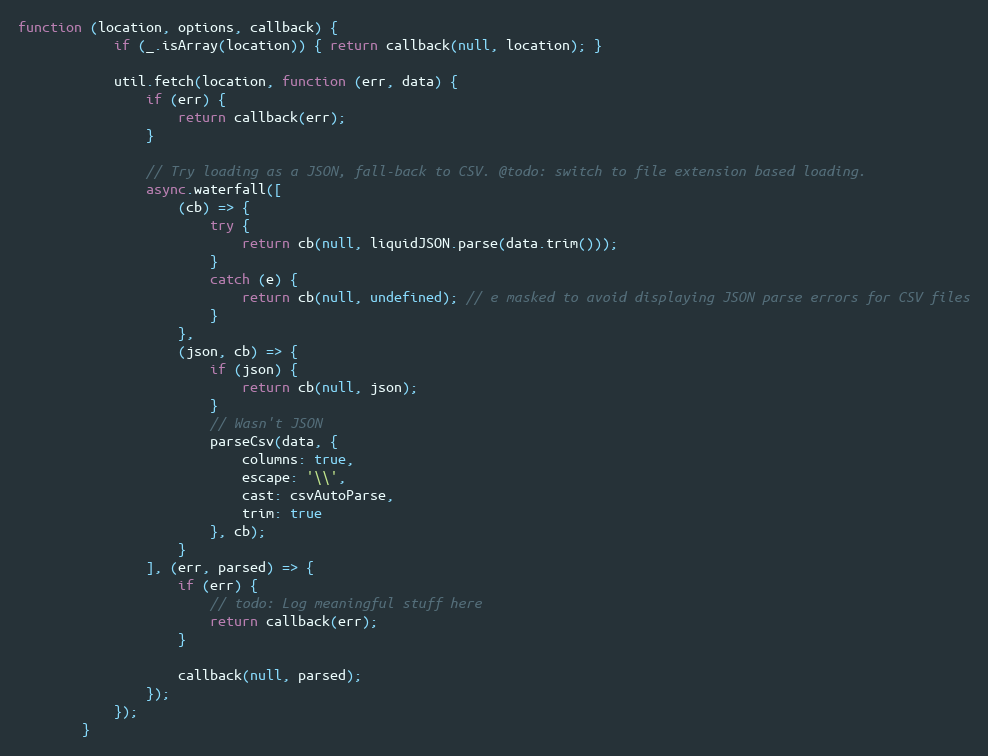
Language: JavaScript
function (location, options, callback) {
            if (_.isArray(location)) { return callback(null, location); }

            util.fetch(location, function (err, data) {
                if (err) {
                    return callback(err);
                }

                // Try loading as a JSON, fall-back to CSV. @todo: switch to file extension based loading.
                async.waterfall([
                    (cb) => {
                        try {
                            return cb(null, liquidJSON.parse(data.trim()));
                        }
                        catch (e) {
                            return cb(null, undefined); // e masked to avoid displaying JSON parse errors for CSV files
                        }
                    },
                    (json, cb) => {
                        if (json) {
                            return cb(null, json);
                        }
                        // Wasn't JSON
                        parseCsv(data, {
                            columns: true,
                            escape: '\\',
                            cast: csvAutoParse,
                            trim: true
                        }, cb);
                    }
                ], (err, parsed) => {
                    if (err) {
                        // todo: Log meaningful stuff here
                        return callback(err);
                    }

                    callback(null, parsed);
                });
            });
        }